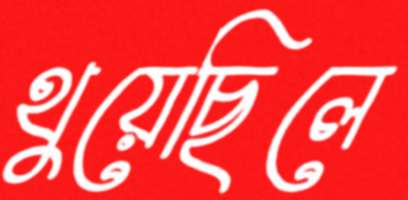
থুয়েছিলে